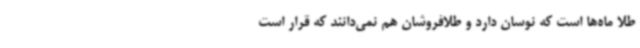
طلا ماه‌ها است که نوسان دارد و طلافروشان هم نمی‌دانند که قرار است